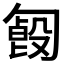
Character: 𠣿